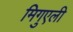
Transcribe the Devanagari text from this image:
मिगुएली